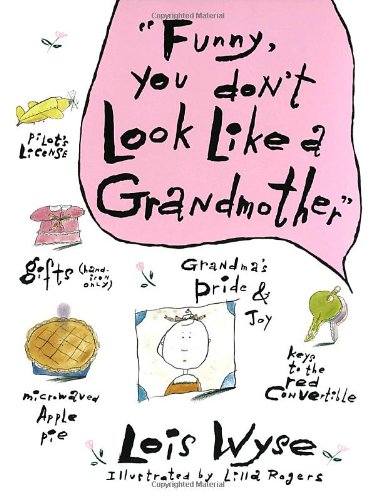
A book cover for Funny, You Don't Look Like a Grandmother; Lois Wyse; Parenting & Relationships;